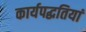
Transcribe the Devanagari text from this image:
कार्यपद्धतियां